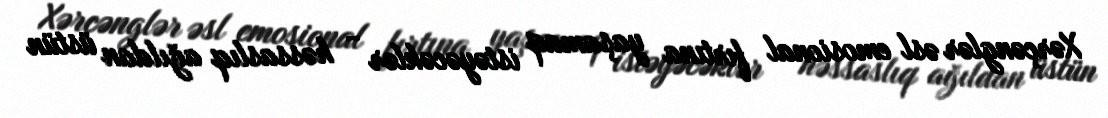
Xərçənglər əsl emosional fırtına yaşamaq istəyəcəklər - həssaslıq ağıldan üstün